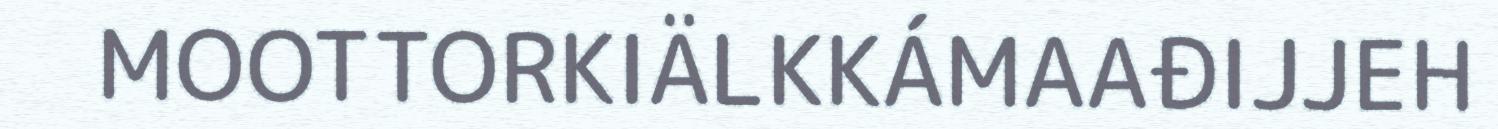
MOOTTORKIÄLKKÁMAAĐIJJEH